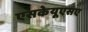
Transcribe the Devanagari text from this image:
एसकेयूएसए